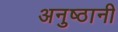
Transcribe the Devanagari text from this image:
अनुष्ठानी